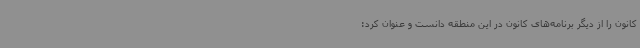
کانون را از دیگر برنامه‌های کانون در این منطقه دانست و عنوان کرد: